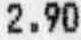
2.90